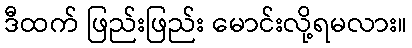
ဒီထက် ဖြည်းဖြည်း မောင်းလို့ရမလား။